Civil Veterinary Dept. Bombay admin report 1923-31 - 1923-1931
Year: 1923
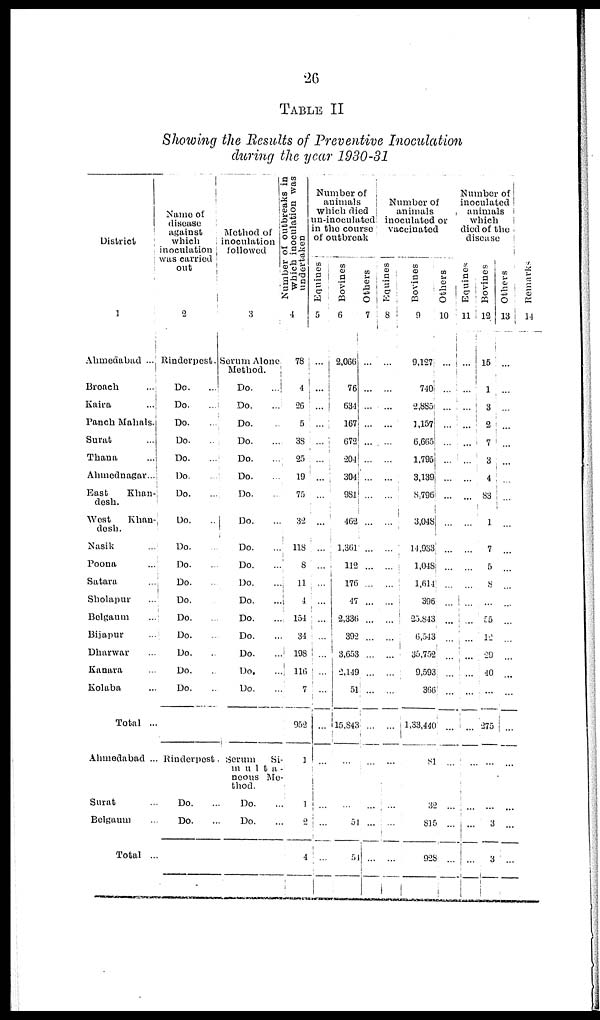
26
TABLE II
Showing the Results of Preventive Inoculation
during the year 1930-31
Distinct
1
Ahmedabad ...
Broach
...
Kaira
...
Panch Mahals.
Surat ...
Thana ...
Ahmednagar...
East
Khan-
desh.
West
Khan-
desh.
Nasik ...
Poona ...
Satara ...
Sholapur ...
Belgaum ...
Bijapur ...
Dharwar ...
Kanara ...
Kolaba ...
Total ...
Ahmedabad ..
Surat ...
Belgaum ...
Total ..
Name of
disease
against
which
inoculation
was carried
out
2
Rinderpest.
Do. ...
Do. ...
Do. ...
Do. ...
Do. ...
Do. ...
Do. ...
Do. ...
Do. ...
Do. ...
Do. ...
Do. ...
Do. ...
Do. ...
Do. ...
Do. ...
Do. ...
Rinderpest
Do. ...
Do. ...
Method of
inoculation
followed
3
Serum Alone
Method.
Do.
...
Do.
...
Do. ...
Do.
...
Do. ...
Do. ...
Do. ...
Do. ...
Do.
...
Do.
...
Do.
...
Do.
...
Do. ...
Do. ...
Do.
...
Do.
...
Do. ...
Serum Si-
multa-
neous Me-
-----
Do. ...
Do. ...
Number of outbreaks in
which inoculation was
undertaken
4
78
4
26
5
38
25
19
75
32
118
8
11
4
154
34
198
116
7
952
1
1
2
4
Number of
animals
which died
un-inoculated
in the course
of outbreak
Equines
5
...
...
...
...
...
...
...
...
...
...
...
...
...
...
...
...
...
...
...
...
...
...
...
Bovines
6
2,066
76
634
167
672
204
304
981
462
1,361
112
176
47
2,336
392
3,653
2,149
51
15,843
...
...
54
54
Others
7
...
...
...
...
...
...
...
...
...
...
...
...
...
...
...
...
...
...
...
...
...
...
...
Number of
animals
inoculated or
vaccinated
Equines
8
...
...
...
...
...
...
...
...
...
...
...
...
...
...
...
...
...
...
...
...
...
...
...
Bovines
9
9,127
740
2,885
1,157
6,665
1,795
3,139
8,796
3,048
14,933
1,048
1,614
396
25,843
6,543
35,752
9,593
366
1,33,440
81
32
815
928
Others
10
...
...
...
...
...
...
...
...
...
...
...
...
...
...
...
...
...
...
...
...
...
...
...
Number of
inoculated
animals
which
died of the
disease
Equines
11
...
...
...
...
...
...
...
...
...
...
...
...
...
...
......
...
...
...
...
...
...
...
...
Bovines
12
15
1
3
2
7
3
4
83
1
7
5
8
...
55
12
29
40
...
275
...
...
3
3
Others
13
...
...
...
...
...
...
...
...
...
...
...
...
...
...
...
...
...
...
...
...
...
...
...
Remarks
14